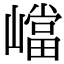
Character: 𡽊